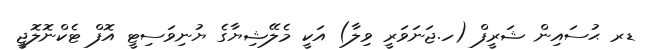
ޑރ ޙުސައިން ޝަރީފް (ހ.ޖަނަވަރީ ވިލާ) އަކީ މެލޭޝިޔާގެ ޔުނިވަސިޓީ އޮފް ޓެކްނޮލޮޖީ